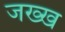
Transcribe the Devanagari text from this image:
जख्ख